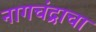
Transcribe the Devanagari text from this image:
नागचंद्राचा